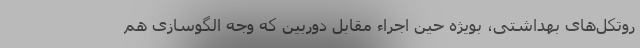
روتکل‌های بهداشتی، بویژه حین اجراء مقابل دوربین که وجه الگوسازی هم